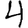
Digit: 4